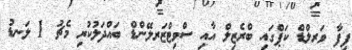
ފިފާ ވަރލްޑް ކަޕްގައި ބްރެޒިލް އާއި ސްވިޓްޒަރލޭންޑް ބައްދަލުކުރި މެޗު 1 ލަނޑު